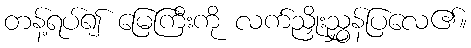
တန့်ရပ်၍ မြေကြီးကို လက်ညှိုးညွှန်ပြလေ၏။